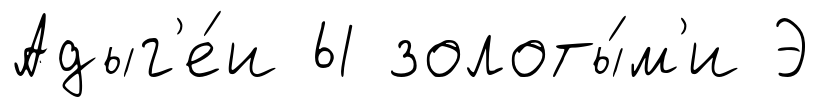
Адыг'е́и Ы золоты́м'и Э